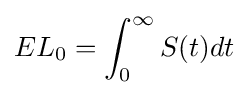
{EL}_{0}=\int _{0}^{\infty }S(t)dt